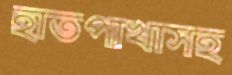
হাতপাখাসহ